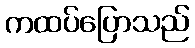
ကထပ်ပြောသည်